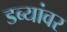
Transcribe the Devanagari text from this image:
डब्यांवर